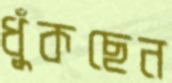
ধুঁকছেন